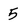
Character: 5